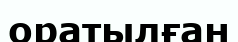
оратылған